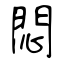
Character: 悶